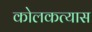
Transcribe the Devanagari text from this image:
कोलकत्यास